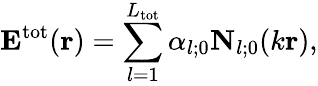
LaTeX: {\mathbf E}^{\mathrm{tot}}({\mathbf r})=\sum_{l=1}^{L_{\mathrm{tot}}}\alpha_{l;0}{\mathbf N}_{l;0}(k{\mathbf r}),